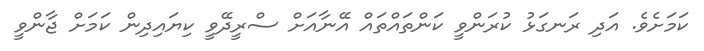
ކަމަށެވެ. އަދި ރަނގަޅު ކުރަންވީ ކަންތައްތައް އޭނާއަށް ސްރީދޭވީ ކިޔައިދިން ކަމަށް ޖާންވީ